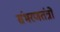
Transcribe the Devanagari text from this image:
संभरणतंत्रों